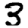
Digit: 3